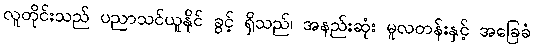
လူတိုင်းသည် ပညာသင်ယူနိုင် ခွင့် ရှိသည်၊ အနည်းဆုံး မူလတန်းနှင့် အခြေခံ